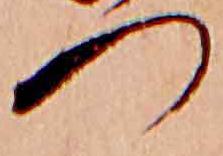
つ